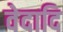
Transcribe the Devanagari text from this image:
वेदादि